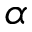
\alpha